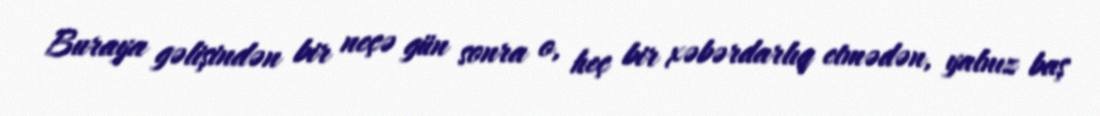
Buraya gəlişindən bir neçə gün sonra o, heç bir xəbərdarlıq etmədən, yalnız baş